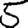
Digit: 5